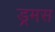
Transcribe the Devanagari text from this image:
ड्रमस